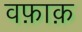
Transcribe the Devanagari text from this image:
वफ़ाक़